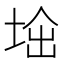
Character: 𡌜